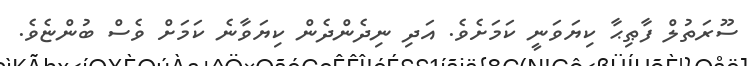
ސޫރަތުލް ފާޠިޙާ ކިޔަވަނީ ކަމަށެވެ. އަދި ނިދެންދެން ކިޔަވާނެ ކަމަށް ވެސް ބުންޏެވެ.